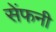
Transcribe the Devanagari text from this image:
सेंफनी